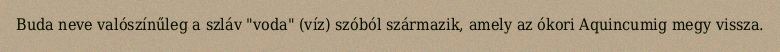
Buda neve valószínűleg a szláv "voda" (víz) szóból származik, amely az ókori Aquincumig megy vissza.